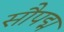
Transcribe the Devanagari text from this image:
सौपद्म